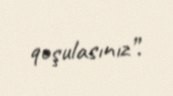
qoşulasınız”.